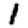
Digit: 1